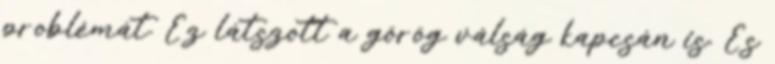
problémát. Ez látszott a görög válság kapcsán is. És